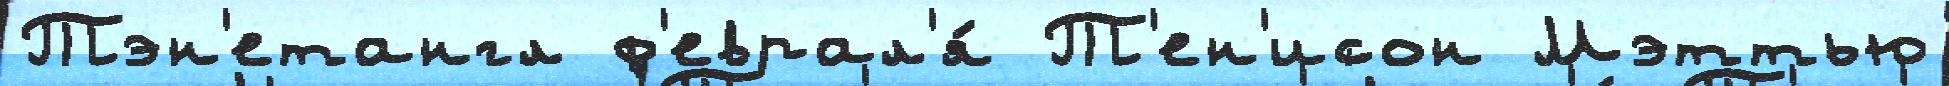
Тэн'етангл ф'еврал'я́ Т'ен'исон Мэттью